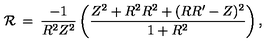
{ \cal { R } } \: = \: \frac { - 1 } { R ^ { 2 } Z ^ { 2 } } \left( \frac { Z ^ { 2 } + R ^ { 2 } R ^ { 2 } + ( R R ^ { \prime } - Z ) ^ { 2 } } { 1 + R ^ { 2 } } \right) ,